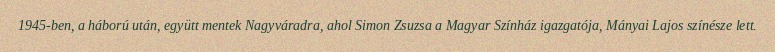
1945-ben, a háború után, együtt mentek Nagyváradra, ahol Simon Zsuzsa a Magyar Színház igazgatója, Mányai Lajos színésze lett.